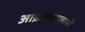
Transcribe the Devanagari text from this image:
आक्रमणालाही